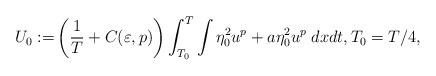
LaTeX: \begin{align*}U_0:= &\left(\frac{1}{T}+C(\varepsilon, p)\right) \int_{T_0}^{T} \int \eta_0^2u^p+ a \eta_0^2 u^p \;dxdt, T_0=T/4,\\\end{align*}